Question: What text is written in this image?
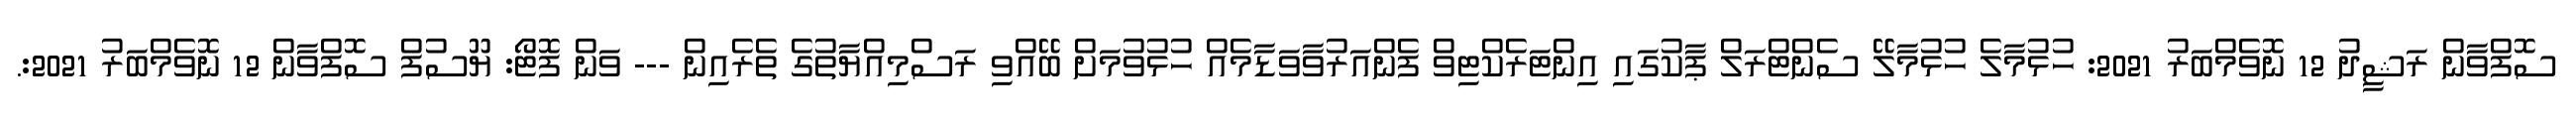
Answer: ސޮފްވާން ރަޝީދު 12 ނޮވެމްބަރު 2021: ހުޅުމާލެ ހުޅުމާލޭ ސެންޓްރަލް ޕާކުގައި އިންޓަރެކްޓިވް ފެންއަރުވާވަޑާމެއް ހުޅުވުމަށް ބޭއްވި ރަސްމިއްޔާތުގެ ތެރެއިން --- ވަން ފޮޓޯ: ޔޫސުފް ސޮފްވާން 12 ނޮވެމްބަރު 2021:.